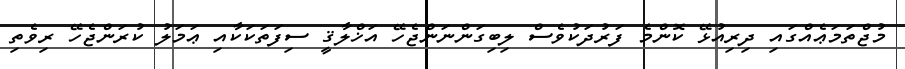
މުޖްތަމަޢެއްގައި ދިރިއުޅޭ ކޮންމެ ފަރުދަކުވެސް ލިބިގަންނަންޖެހޭ އަޚްލާޤީ ސިފަތަކަކާއި ޢަމަލު ކުރަންޖެހޭ ރިވެތި